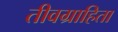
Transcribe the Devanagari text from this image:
तीवग्राहिता